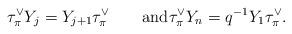
LaTeX: \begin{align*}\tau^\vee_\pi Y_j = Y_{j+1}\tau^\vee_\pi\qquad\hbox{and}\tau^\vee_\pi Y_n = q^{-1}Y_1 \tau^\vee_\pi.\end{align*}